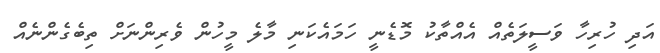
އަދި ހުރިހާ ވަސީލަތެއް އެއްތާކު މޮޑެނީ ހަމައެކަނި މާލެ މީހުން ވެރިންނަށް ތިބެގެންނެއް